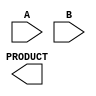
module async_wallace_tree_multiplier #(parameter A_WIDTH = 4, B_WIDTH = 4)(
    input [A_WIDTH-1:0] A,
    input [B_WIDTH-1:0] B,
    output reg [(A_WIDTH + B_WIDTH - 1):0] PRODUCT
);

    // Internal signals for partial products
    wire [A_WIDTH * B_WIDTH - 1:0] partial_products;
    wire [A_WIDTH + B_WIDTH - 1:0] sums[A_WIDTH + B_WIDTH:0];
    wire [A_WIDTH + B_WIDTH:0] carries[A_WIDTH + B_WIDTH:0];

    // Generate partial products
    genvar i, j;
    generate
        for (i = 0; i < A_WIDTH; i = i + 1) begin : pp_gen
            for (j = 0; j < B_WIDTH; j = j + 1) begin : pp_gen_inner
                assign partial_products[i * B_WIDTH + j] = A[i] & B[j];
            end
        end
    endgenerate

    // Wallace tree reduction stages
    integer stage, h;
    always @* begin
        for (stage = 0; stage < A_WIDTH + B_WIDTH; stage = stage + 1) begin
            // initialize sums and carries
            sums[stage] = 0;
            carries[stage] = 0;
        end
        
        // Create the Wallace tree structure
        for (h = 0; h < A_WIDTH * B_WIDTH; h = h + 1) begin
            // Assuming each stage sums 3 bits at a time
            if (h % 3 == 0) begin
                sums[h/3] = partial_products[h] + partial_products[h + 1] + partial_products[h + 2];
                carries[h/3] = (partial_products[h] & partial_products[h + 1]) | ((partial_products[h] ^ partial_products[h + 1]) & partial_products[h + 2]);
            end
        end
    end

    // Final summation stage
    always @* begin
        PRODUCT = 0; // Reset product
        for (h = 0; h < (A_WIDTH + B_WIDTH); h = h + 1) begin
            PRODUCT = PRODUCT + sums[h] + carries[h];
        end
    end

endmodule